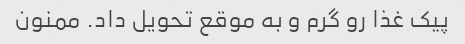
پیک غذا رو گرم و به موقع تحویل داد. ممنون